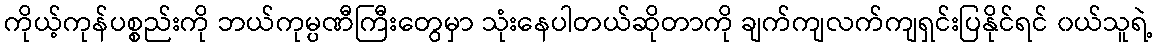
ကိုယ့်ကုန်ပစ္စည်းကို ဘယ်ကုမ္ပဏီကြီးတွေမှာ သုံးနေပါတယ်ဆိုတာကို ချက်ကျလက်ကျရှင်းပြနိုင်ရင် ၀ယ်သူရဲ့